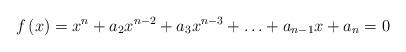
LaTeX: \begin{align*}f\left( x\right) =x^{n}+a_{2}x^{n-2}+a_{3}x^{n-3}+\ldots +a_{n-1}x+a_{n}=0 \end{align*}